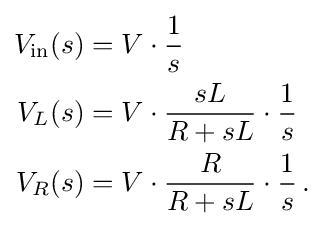
{\begin{aligned}V_{\mathrm {in} }(s)&=V\cdot {\frac {1}{s}}\\V_{L}(s)&=V\cdot {\frac {sL}{R+sL}}\cdot {\frac {1}{s}}\\V_{R}(s)&=V\cdot {\frac {R}{R+sL}}\cdot {\frac {1}{s}}\,.\end{aligned}}